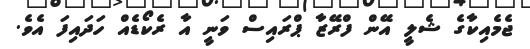
ޖެމެއިކާގެ ޝެލީ އޭން ފްރޭޒާ ޕްރައިސް ވަނީ އާ ރެކޯޑެއް ހަދައިފަ އެވެ.